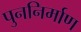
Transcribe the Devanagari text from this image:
पुननिर्माण